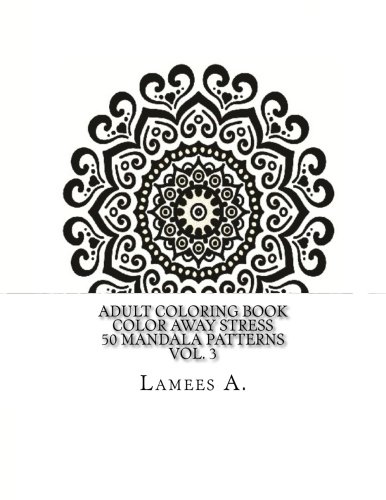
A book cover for Adult Coloring Book: Color Away Stress  50 Mandala Patterns  Vol. 3 (Adult Coloring Books); Lamees A.; Religion & Spirituality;